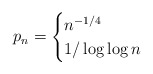
\begin{align*}p_n=\begin{cases}n^{-1/4}&\\1/\log \log n&\end{cases}\end{align*}